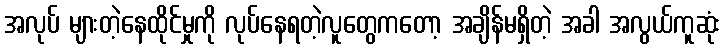
အလုပ် များတဲ့နေထိုင်မှုကို လုပ်နေရတဲ့လူတွေကတော့ အချိန်မရှိတဲ့ အခါ အလွယ်ကူဆုံး